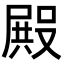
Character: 𭮺